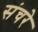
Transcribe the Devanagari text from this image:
संचरे